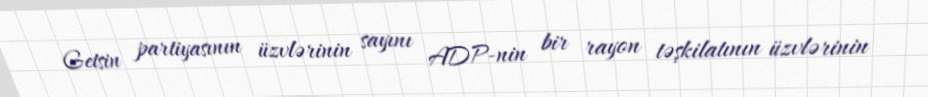
Getsin partiyasının üzvlərinin sayını ADP-nin bir rayon təşkilatının üzvlərinin